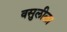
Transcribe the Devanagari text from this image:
वसुलीला